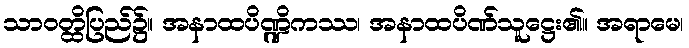
သာဝတ္ထိပြည်၌။ အနာထပိဏ္ဍိကဿ၊ အနာထပိဏ်သူဋ္ဌေး၏။ အရာမေ၊